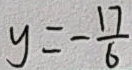
y = - \frac { 1 7 } { 6 }